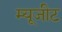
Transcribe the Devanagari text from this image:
म्यूजीट